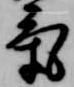
気